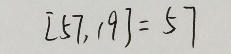
[ 5 7 , 1 9 ] = 5 7